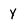
Character: Y